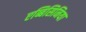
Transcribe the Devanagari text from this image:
एब्बिसिनिया